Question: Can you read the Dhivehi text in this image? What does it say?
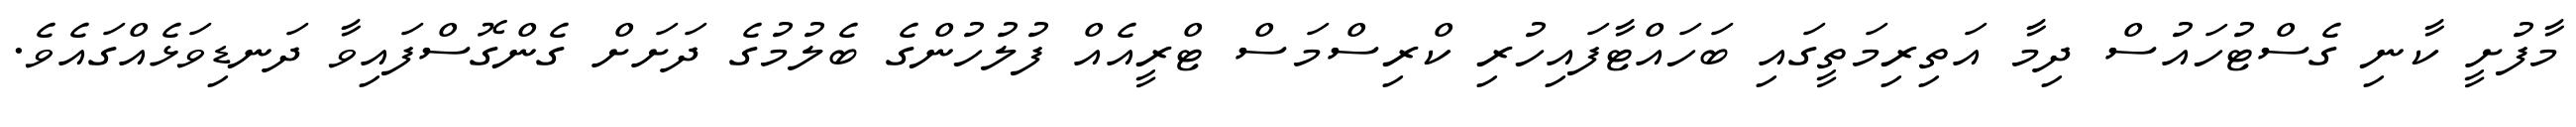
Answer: މާފުށީ ކާނި ގެސްޓުހައުސް ދިމާ އަތިރިމަތީގައި ބަހައްޓާފައިހުރި ކްރިސްމަސް ޓްރީއެއް ފުލުހުންގެ ބެލުމުގެ ދަށަށް ގެންގޮސްފައިވާ ދަނޑިވަޅެއްގައެވެ.